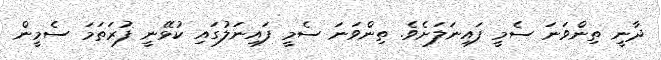
ދާނީ ތިންވަނަ ސެމީ ފައިނަލަށެވެ. ތިންވަނަ ސެމީ ފައިނަލުގައި ކުޅޭނީ ފުރަތަމަ ސެމީން